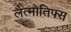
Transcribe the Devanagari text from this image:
लैत्मोतिफ्स